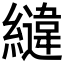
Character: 𮉏